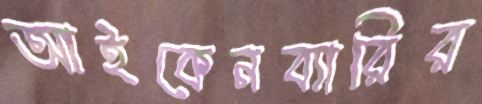
আইকেনব্যারির